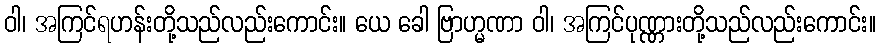
ဝါ၊ အကြင်ရဟန်းတို့သည်လည်းကောင်း။ ယေ ခေါ ဗြာဟ္မဏာ ဝါ၊ အကြင်ပုဏ္ဏားတို့သည်လည်းကောင်း။